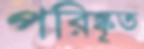
পরিষ্কৃত